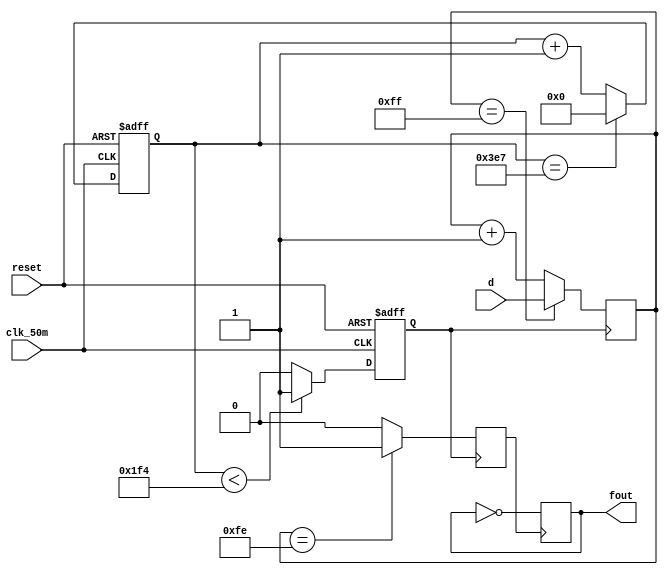
module div_ctr(reset, clk_50m, d, fout);
    input reset, clk_50m;
    input [7:0] d;
    output fout;

    // 50khz timer
    reg clk_50khz;
    reg [9:0] cnt;

    always @ (negedge reset, posedge clk_50m)
        begin
            if (!reset)
                cnt <= 0;
            else
                begin
                    if (cnt == 1000 - 1)
                        cnt <= 0;
                    else
                        cnt <= cnt + 1;
                end
        end

    always @ (negedge reset, posedge clk_50m)
        begin
            if (!reset)
                clk_50khz <= 0;
            else if (cnt < 1000 / 2)
                clk_50khz <= 1;
            else
                clk_50khz <= 0;
        end

    // 
    reg fout;
    reg cout;
    reg [7:0] cnt8;
    always @ (posedge clk_50khz)
        begin
            if (cnt8 == 8'b11111111)
                cnt8 <= d;
            else
                cnt8 <= cnt8 + 1;
        end

    always @ (posedge clk_50khz)
        begin
            if (cnt8 == 8'b11111110)
                cout <= 1;
            else
                cout <= 0;
        end

    always @ (posedge cout)
        fout <= ~fout;
endmodule